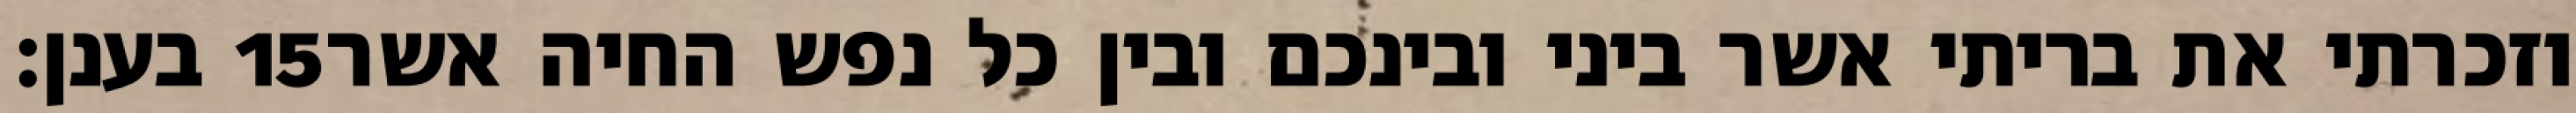
בענן׃ ‎15‏ וזכרתי את בריתי אשר ביני ובינכם ובין כל נפש החיה אשר